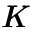
\pmb { K }